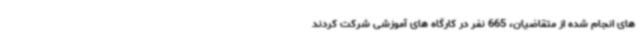
های انجام شده از متقاضیان، 665 نفر در کارگاه های آموزشی شرکت کردند